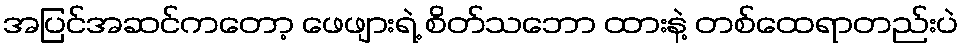
အပြင်အဆင်ကတော့ ဖေဖျားရဲ့ စိတ်သဘော ထားနဲ့ တစ်ထေရာတည်းပဲ